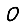
Digit: 0